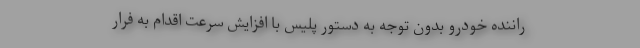
راننده خودرو بدون توجه به دستور پلیس با افزایش سرعت اقدام به فرار